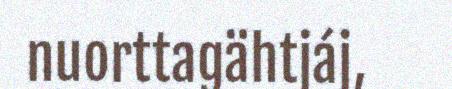
nuorttagähtjáj,